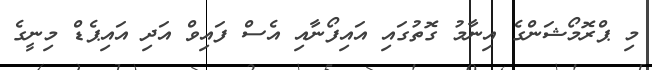
މި ޕްރޮމޯޝަންގެ އިނާމު ގޮތުގައި އައިފޯނާއި އެސް ފައިވް އަދި އައިޕެޑް މިނީގެ